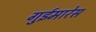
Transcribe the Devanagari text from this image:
गुईमारेस